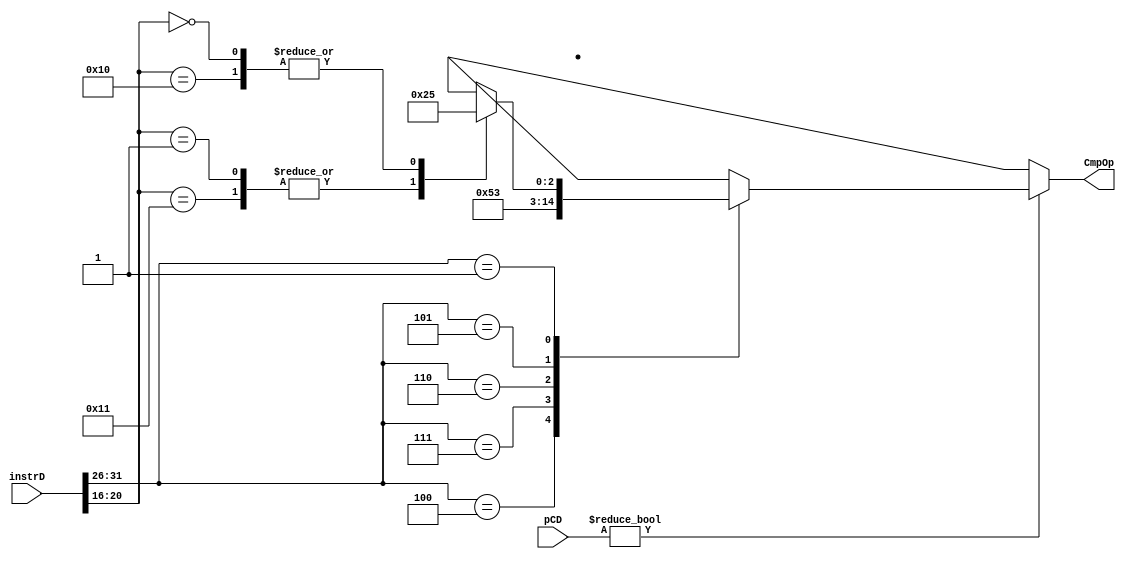
module CmpDecoder(
	input [31:0]pCD,
    input [31:0] instrD,
    output reg [2:0] CmpOp
    );
	 always@(*)begin
	 	if(pCD!=32'h0)begin
	 case(instrD[31:26])
	 6'b000100 : CmpOp=3'b000; //beq
	 6'b000111 : CmpOp=3'b001; //bgtz
	 6'b000110 : CmpOp=3'b010; //blez
	 6'b000101 : CmpOp=3'b011; //bne
	 6'b000001 : case(instrD[20:16])
	 			5'b00001,5'b10001  : CmpOp=3'b100; //bgezbgezal
	 			5'b00000,5'b10000  : CmpOp=3'b101; //bltz\bltzal
	 			default   : CmpOp=3'bxxx;
	 			 endcase
	 default   : CmpOp=3'bxxx; endcase
	end
	else begin
		CmpOp=3'bxxx;
	end
	end
endmodule

module CMP(
	input [31:0] pcD,
	input [31:0] instrD,
    input [31:0] A,
    input [31:0] B,
    input [2:0] Op,//branch
    output reg Br
    );
	 always@(*)begin
	 if((pcD!=32'h0)&(instrD!=32'h0))begin
	 case(Op) 
	 3'b000 : Br=(A==B);             //beq
	 3'b001 : Br=(A[31]!=1)&(A!=0);  //bgtz
	 3'b010 : Br=(A[31]==1)|(A==0);  //blez
	 3'b011 : Br=(A!=B);         //bne
	 3'b100 : Br=(A[31]!=1);         //bgez
	 3'b101 : Br=(A[31]==1);         //bltz
	 default: Br=1'bx; 
	  endcase
	end
	else begin
		Br=1'bx;
	end
	 end


endmodule